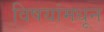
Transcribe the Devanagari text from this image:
विषयांमधून